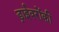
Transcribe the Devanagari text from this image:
ड्राईवरोंकी